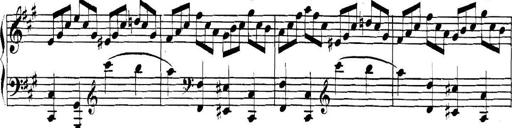
Title: Collected Piano Sonatas
Composer: Muzio Clementi